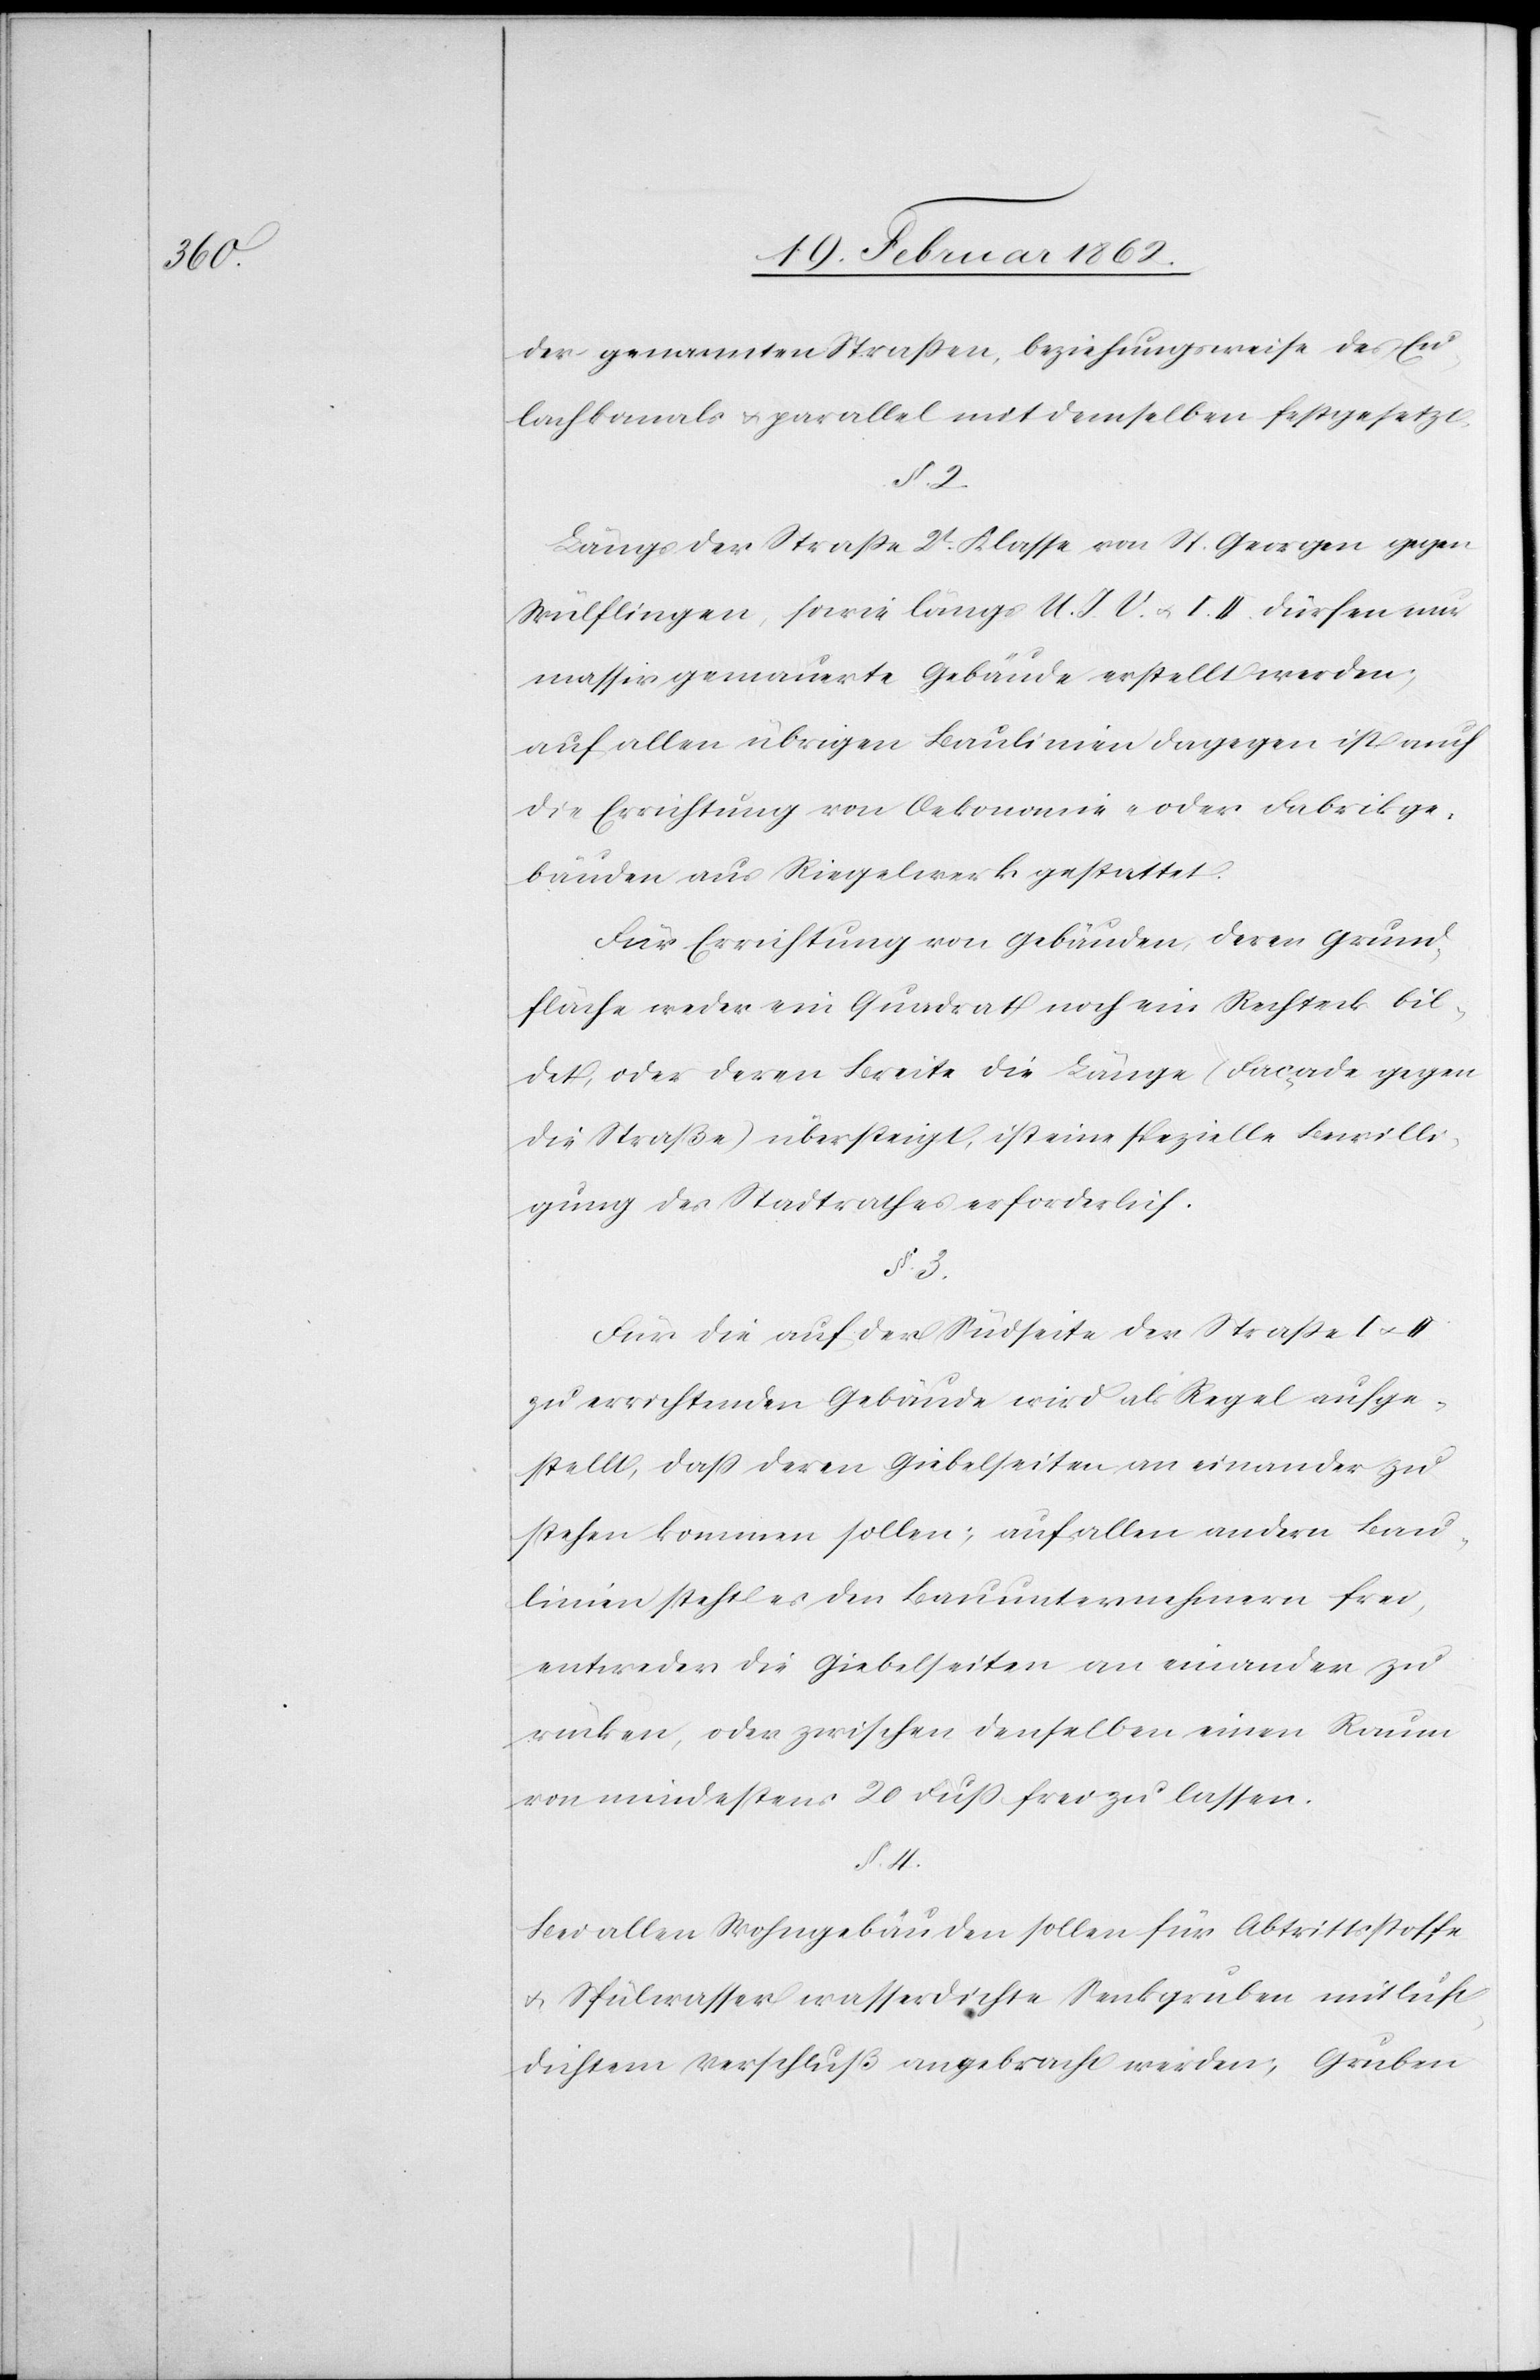
der genannten Straßen, beziehungsweise des Eu¬
lachkanals u. parallel mit demselben festgesetzt.
Längs der Straße 2t. Klasse von St. Georgen gegen
Wülflingen, sowie längs U. J. V. u. I. II. dürfen nur
massiv gemauerte Gebäude erstellt werden;
auf allen übrigen Baulinien dagegen ist auch
die Errichtung von Oekonomie- oder Fabrikge¬
bäuden aus Riegelwerk gestattet.
Für Errichtung von Gebäuden, deren Grund¬
fläche weder ein Quadrat noch ein Rechteck bil¬
det, oder deren Breite die Länge (Façade gegen
die Straße) übersteigt, ist eine spezielle Bewilli¬
gung des Stadtrathes erforderlich.
§. 3.
Für die auf der Südseite der Straße I u. II
zu errichtenden Gebäude wird als Regel aufge¬
stellt, daß deren Giebelseiten an einander zu
stehen kommen sollen; auf allen andern Bau¬
linien steht es den Bauunternehmern frei,
entweder die Giebelseiten an einander
rücken, oder zwischen denselben einen Raum
von mindestens 20 Fuß frei zu lassen.
§. 4.
Bei allen Wohngebäuden sollen für Abtrittsstoffe
u. Spülwasser wasserdichte Senkgruben mit luft¬
dichtem Verschluß angebracht werden, Gruben